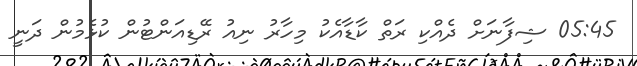
05:45 ޝިފާނަށް ދެއްކި ރަތް ކާޑާއެކު މިހާރު ނިއު ރޭޑިއަންޓުން ކުޅެމުން ދަނީ